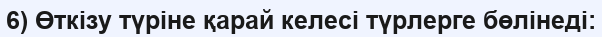
6) Өткізу түріне қарай келесі түрлерге бөлінеді: